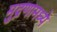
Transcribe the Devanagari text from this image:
मुद्रणामध्ये